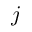
j